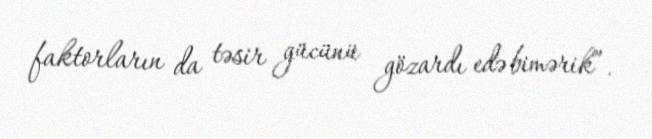
faktorların da təsir gücünü gözardı edə bimərik”.